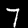
Digit: 7